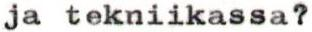
ja tekniikassa?